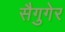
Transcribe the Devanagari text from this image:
सैगुगेर